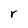
Character: r